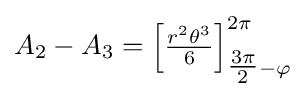
A_{2}-A_{3}=\left[{\tfrac {r^{2}\theta ^{3}}{6}}\right]_{{\tfrac {3\pi }{2}}-\varphi }^{2\pi }